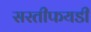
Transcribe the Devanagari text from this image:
सरतीफयडी